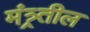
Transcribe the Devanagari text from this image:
मंत्र्र्तील